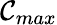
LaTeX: \mathcal{C}_{max}